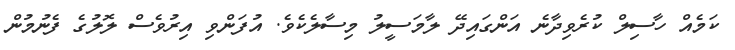
ކަމެއް ހާސިލް ކުރެވިދާނެ އަންގައިދޭ ލާމަސީލު މިސާލެކެވެ. އުފަންވި އިރުވެސް ލޮލުގެ ފެނުމުން